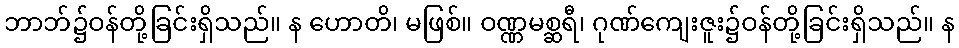
ဘာဘ်၌ဝန်တို့ခြင်းရှိသည်။ န ဟောတိ၊ မဖြစ်။ ဝဏ္ဏမစ္ဆရီ၊ ဂုဏ်ကျေးဇူး၌ဝန်တို့ခြင်းရှိသည်။ န